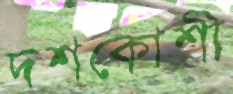
দশকোশী